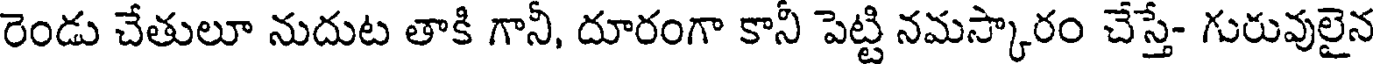
రెండు చేతులూ నుదుట తాకి గానీ, దూరంగా కానీ పెట్టి నమస్కారం చేస్తే- గురువులైన